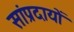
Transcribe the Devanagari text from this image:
सांप्रदायों